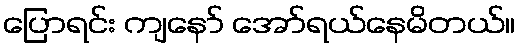
ပြောရင်း ကျနော် အော်ရယ်နေမိတယ်။